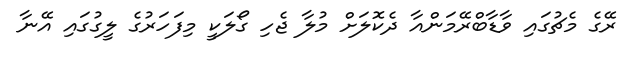
ރޭގެ މެޗުގައި ވާޑާބްރޭމަންއާ ދެކޮލަށް މުލާ ޖެހި ގޯލަކީ މިފަހަރުގެ ލީގުގައި އޭނާ